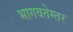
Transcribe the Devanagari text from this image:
भागवतेम्तर